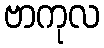
ဗာကုလ